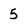
Character: 5